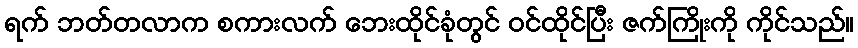
ရက် ဘတ်တလာက စကားလက် ဘေးထိုင်ခုံတွင် ဝင်ထိုင်ပြီး ဇက်ကြိုးကို ကိုင်သည်။